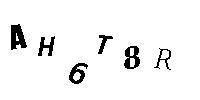
AH6T8R